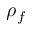
\rho _ { f }